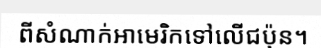
ពីសំណាក់អាមេរិកទៅលើជប៉ុន។